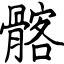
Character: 髂